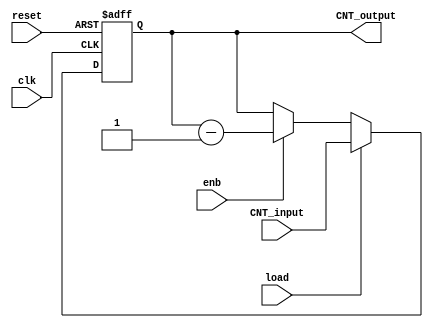
module CNT(
	
	input [15:0] CNT_input,
	input clk, reset, load, enb,
	output reg [15:0] CNT_output);
	
	always @(posedge clk, posedge reset)
	begin
	
		if(reset)
			CNT_output <= 0;
		else
			if(load)
				CNT_output <= CNT_input;
			else
				if(enb)
					CNT_output <= CNT_output - 1;
	end
endmodule